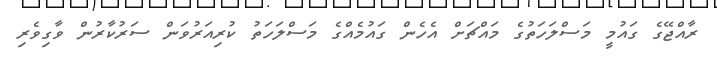
ރާއްޖޭގެ ގައުމީ މަސްލަހަތުގެ މައްޗަށް އެހެން ގައުމެއްގެ މަސްލަހަތު ކުރިއަރުވަން ސަރުކާރުން ވާގިވެރި